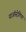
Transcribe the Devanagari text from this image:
याऑस्ट्रेलिया